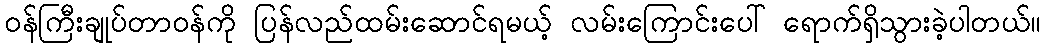
ဝန်ကြီးချုပ်တာဝန်ကို ပြန်လည်ထမ်းဆောင်ရမယ့် လမ်းကြောင်းပေါ် ရောက်ရှိသွားခဲ့ပါတယ်။